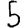
Digit: 5